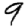
Digit: 9